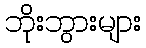
ဘိုးဘွားများ